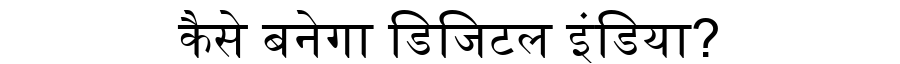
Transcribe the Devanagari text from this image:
कैसे बनेगा डिजिटल इंडिया?